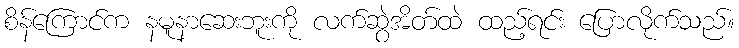
စိန်ကြောင်က နမူနာဆေးဘူးကို လက်ဆွဲအိတ်ထဲ ထည့်ရင်း ပြောလိုက်သည်။